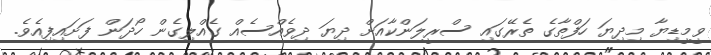
ވީމީޑިޔާ މިދިޔަ ހަފްތާގެ ތެރޭގައި ސްރީލަންކާއަށް ދިޔަ ދިވެއްސެއް ގެއްލިގެން ހޯދަން ފަށައިފިއެވެ.